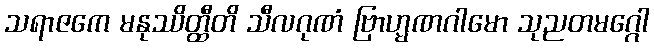
သရာဇကေ မနုဿိတ္ထီတိ သီလဂုဏံ ဗြာဟ္မဏဂါမော သုညတမဂ္ဂေါ